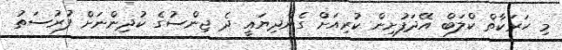
މި ހަރަކާތް ކްލަބް އޭދަފުށިން ކުރިއަށް ގެންދިޔައީ ދެ ޖިންސުގެ ކުދިންނަށް ފުރުސަތު